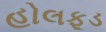
હોલફૂડ